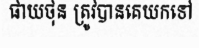
ផាយថុន ត្រូវបានគេយកទៅ